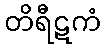
တိရီဋကံ